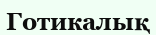
Готикалық